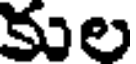
కుల